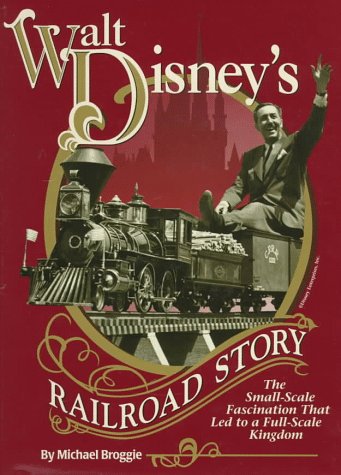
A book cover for Walt Disney's Railroad Story: The Small-Scale Fascination That Led to a Full-Scale Kingdom; Michael Broggie; Engineering & Transportation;